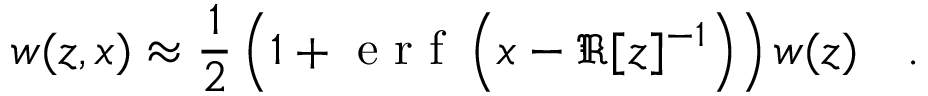
w ( z , x ) \approx \frac { 1 } { 2 } \left( 1 + \mathrm { ~ e ~ r ~ f ~ } \left( x - \Re [ z ] ^ { - 1 } \right) \right) w ( z ) \quad .